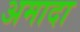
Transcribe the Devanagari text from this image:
अमादा